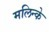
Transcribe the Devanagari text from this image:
मलिन्के